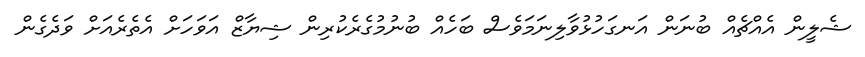
ޝެލީން އެއްޗެއް ބުނަން އަނގަހުޅުވާލިނަމަވެސް ބަހެއް ބުނުމުގެރެކުރިން ޝިޔާޒް އަވަހަށް އެތެރެއަށް ވަދެގެން